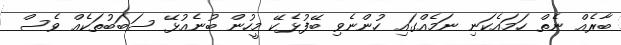
ބާރެއް ނެތް ހަމައެކަނި ނަމެއްގައި ހުންނެވި ބޭފުޅެކޭ މީހުން ބުނެއުޅޭ ސަބަބުތަކެއް ވެސް